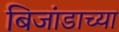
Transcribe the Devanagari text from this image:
बिजांडाच्या